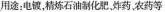
用途：电镀，精炼石油制化肥，炸药，农药等